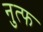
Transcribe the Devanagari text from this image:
नुत्फ